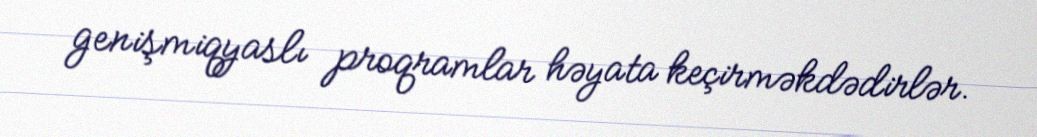
genişmiqyaslı proqramlar həyata keçirməkdədirlər.